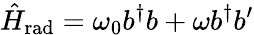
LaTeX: \hat{H}_{\mathrm{rad}}=\omega_{0}b^{\dagger}b+\omega b^{\dagger}b^{\prime}